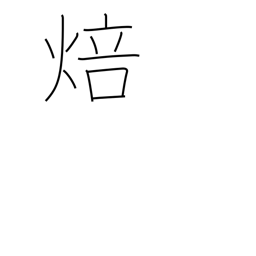
Meaning: fire